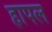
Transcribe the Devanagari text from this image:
हापल